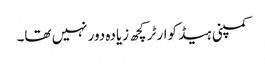
کمپنی ہیڈ کوارٹر کچھ زیادہ دور نہیں تھا۔